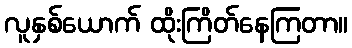
လူနှစ်ယောက် ထိုးကြိတ်နေကြတာ။